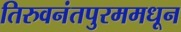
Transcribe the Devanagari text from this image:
तिरुवनंतपुरममधून